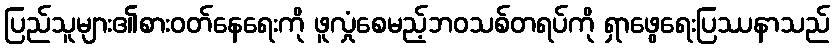
ပြည်သူများ၏စားဝတ်နေရေးကို ဖူလှုံစေမည့်ဘဝသစ်တရပ်ကို ရှာဖွေရေးပြဿနာသည်